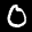
Label: 0